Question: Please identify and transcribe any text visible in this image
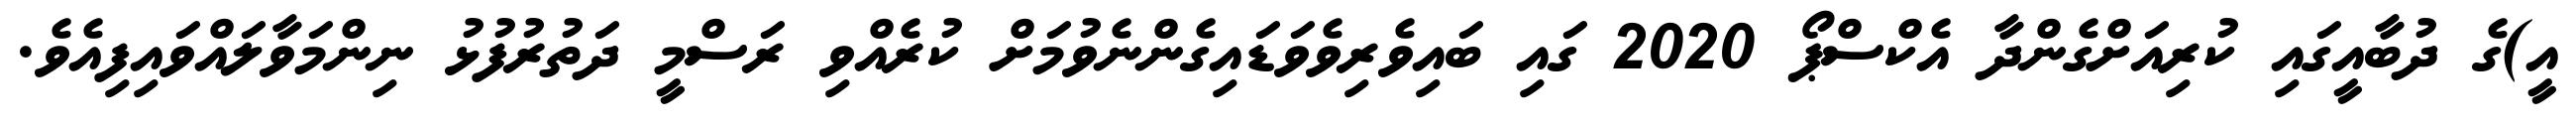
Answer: އީ)ގެ ދުބާއީގައި ކުރިއަށްގެންދާ އެކްސްޕޯ 2020 ގައި ބައިވެރިވެވަޑައިގެންނެވުމަށް ކުރެއްވި ރަސްމީ ދަތުރުފުޅު ނިންމަވާލައްވައިފިއެވެ.